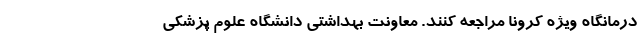
درمانگاه ویژه کرونا مراجعه کنند. معاونت بهداشتی دانشگاه علوم پزشکی